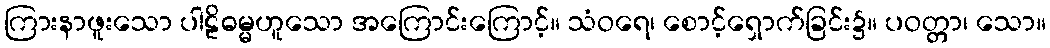
ကြားနာဖူးသော ပါဠိဓမ္မဟူသော အကြောင်းကြောင့်။ သံဝရေ၊ စောင့်ရှောက်ခြင်း၌။ ပဝတ္တာ၊ သော။